Calcutta medical institutions reports 1879-81 [i.e.91]
Year: 1879
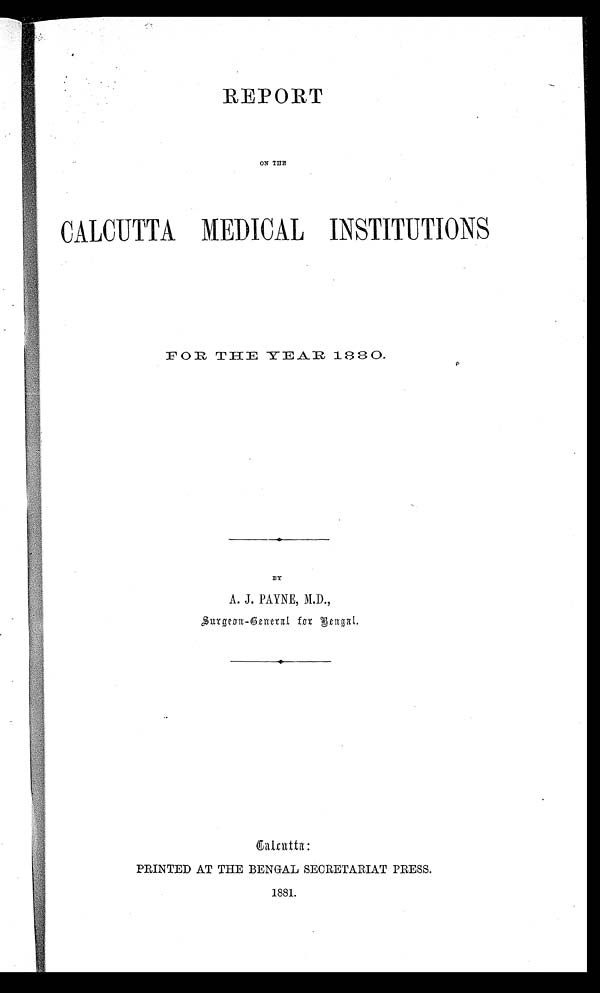
REPORT
ON THE
CALCUTTA MEDICAL INSTITUTIONS
FOR THE YEAR 1880.
BY
A.J. PAYNE, M.D.,
Surgeon-General for Bengal.
Calcutta:
PRINTED ATTHE BENGAL SECRETARIAT PRESS.
1881.